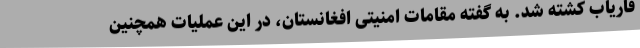
فاریاب کشته شد. به گفته مقامات امنیتی افغانستان، در این عملیات همچنین